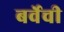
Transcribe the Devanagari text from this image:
बर्वेची